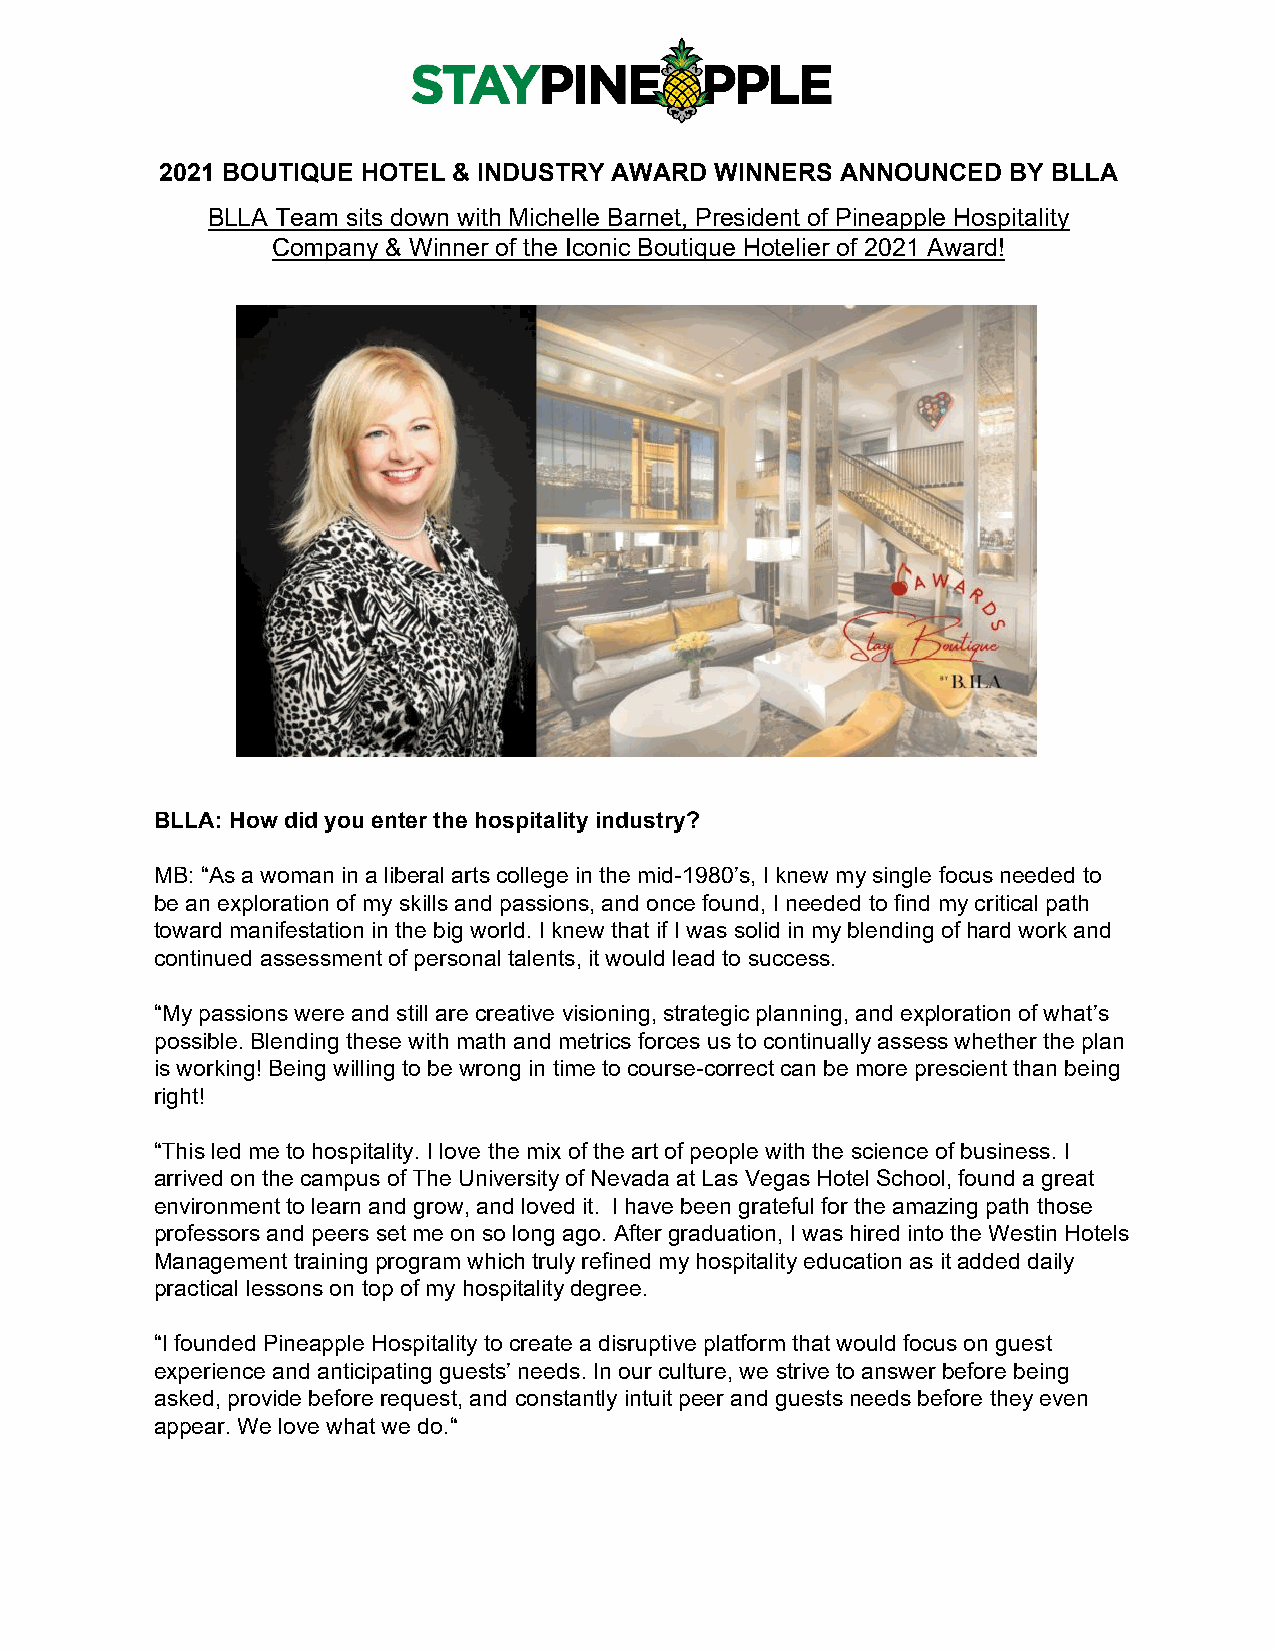
2021 BOUTIQUE HOTEL & INDUSTRY AWARD WINNERS ANNOUNCED  BY BLLA
 BLLA Team sits down with Michelle Barnet, President of Pineapple Hospitality
 Company & Winner of the Iconic Boutique Hotelier of 2021 Award!
 BLLA: How did you enter the hospitality industry?
 MB: “As a woman in a liberal arts college in the mid-1980’s, I knew my single focus needed to
 be an exploration of my skills and passions, and once found, I needed to find my critical path
 toward manifestation in the big world. I knew that if I was solid in my blending of hard work and
 continued assessment of personal talents, it would lead to success.
 “My passions were and still are creative visioning, strategic planning, and exploration of what’s
 possible. Blending these with math and metrics forces us to continually assess whether the plan
 is working! Being willing to be wrong in time to course-correct can be more prescient than being
 right!
 “This led me to hospitality. I love the mix of the art of people with the science of business. I
 arrived on the campus of The University of Nevada at Las Vegas Hotel School, found a great
 environment to learn and grow, and loved it. I have been grateful for the amazing path those
 professors and peers set me on so long ago. After graduation, I was hired into the Westin Hotels
 Management training program which truly refined my hospitality education as it added daily
 practical lessons on top of my hospitality degree.
 “I founded Pineapple Hospitality to create a disruptive platform that would focus on guest
 experience and anticipating guests’ needs. In our culture, we strive to answer before being
 asked, provide before request, and constantly intuit peer and guests needs before they even
 appear. We love what we do.“